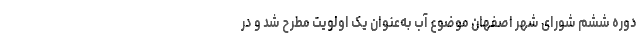
دوره ششم شورای شهر اصفهان موضوع آب به‌عنوان یک اولویت مطرح شد و در